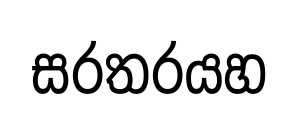
සරතරයහ